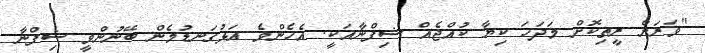
"ވަރަށް ރީތިކޮށް މަދަހަ ކިޔާ ކުއްޖެއް ޝިފްނާއަކީ. އެެހެންވެ އަޅުގަނޑުމެން ބޭނުންވީ ޝިފްނާ